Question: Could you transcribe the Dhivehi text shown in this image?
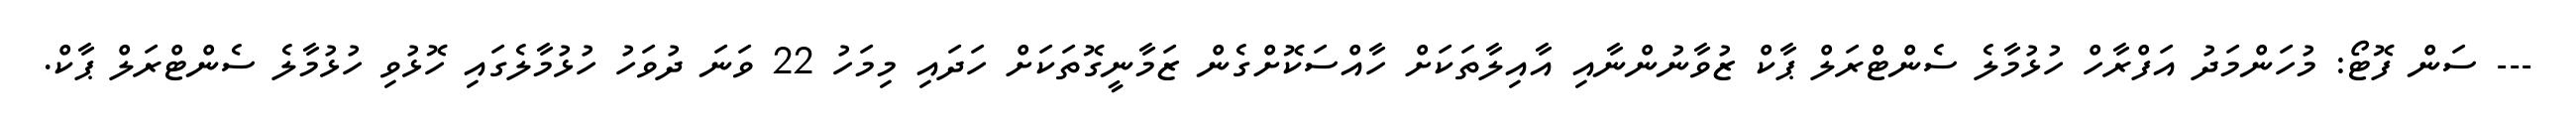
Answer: --- ސަން ފޮޓޯ: މުހަންމަދު އަފްރާހް ހުޅުމާލެ ސެންޓްރަލް ޕާކް ޒުވާނުންނާއި އާއިލާތަކަށް ހާއްސަކޮށްގެން ޒަމާނީގޮތަކަށް ހަދައި މިމަހު 22 ވަނަ ދުވަހު ހުޅުމާލެގައި ހޮޅުވި ހުޅުމާލެ ސެންޓްރަލް ޕާކް.